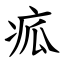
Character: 㽿